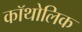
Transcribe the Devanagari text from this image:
कॉथोलिक